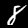
Label: 8